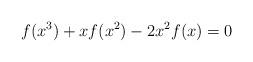
LaTeX: \begin{align*} f(x^{3})+xf(x^{2})-2x^{2}f(x)=0 \end{align*}